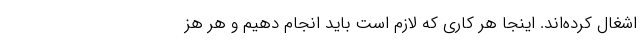
اشغال کرده‌اند. اینجا هر کاری که لازم است باید انجام دهیم و هر هز